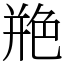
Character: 艵